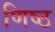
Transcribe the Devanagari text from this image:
णिष्ठ